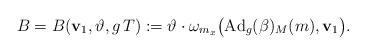
LaTeX: \begin{align*} B=B ( \mathbf{v}_1 , \vartheta , g\,T) := \vartheta\cdot \omega_{ m_x } \big( \mathrm{Ad}_g( \beta)_M (m), \mathbf{v}_1 \big) .\end{align*}